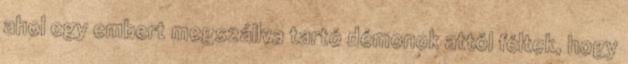
ahol egy embert megszállva tartó démonok attól féltek, hogy